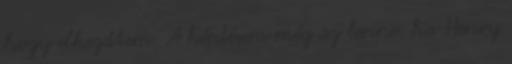
hogy elkezdtem. A kérdésem még az lenne, ha Henry